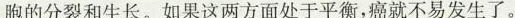
胞的分裂和生长。如果这两方面处于平衡，癌就不易发生了。